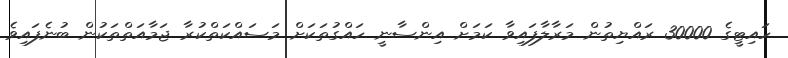
ހައިޓީގެ 30000 ރައްޔިތުން މަރާލާފައިވާ ކަމަށް އިންސާނީ ހައްގުތަކަށް މަސައްކަތްކުރާ ޖަމާއަތްތަކުން ބުނެފައިވެ